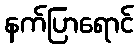
နက်ပြာရောင်